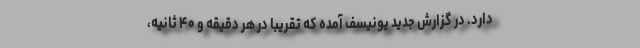
دارد. در گزارش‌ جدید یونیسف آمده که تقریبا در هر دقیقه و ۴۰ ثانیه،